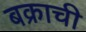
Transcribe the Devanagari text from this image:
बक्राची